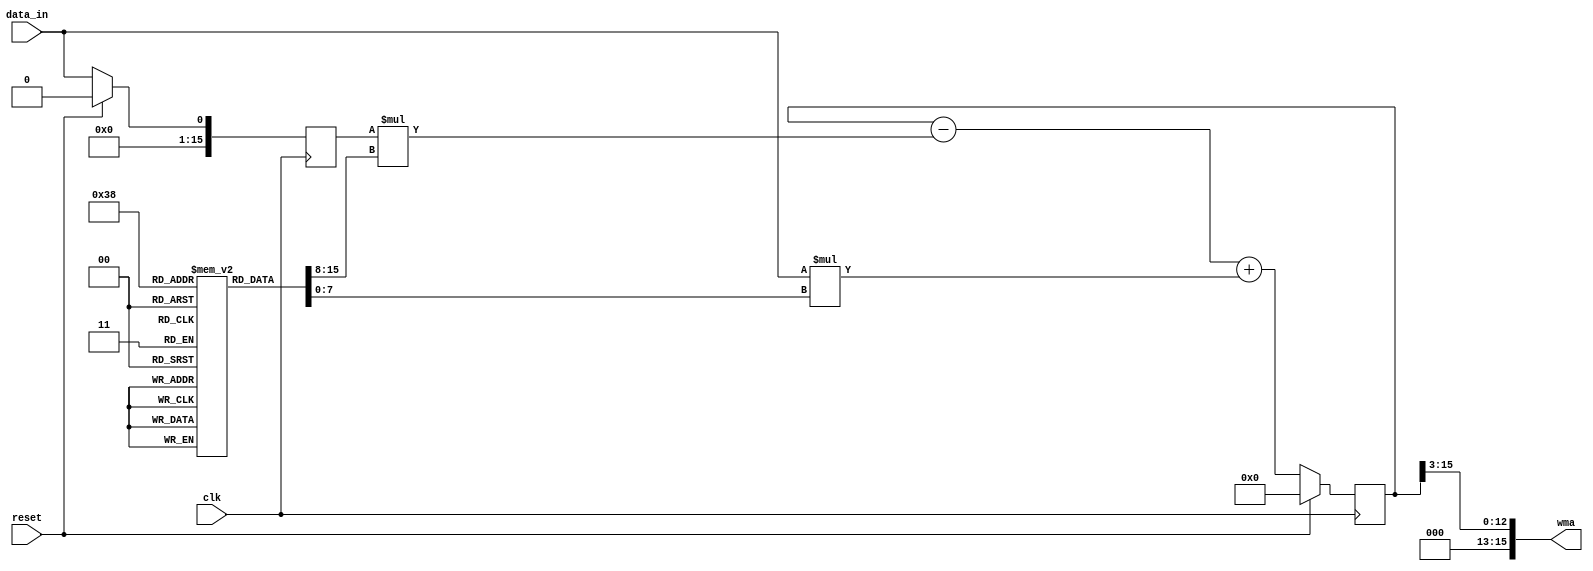
module weighted_moving_average_accumulator (
    input wire clk,          // Clock input
    input wire reset,        // Reset signal
    input wire data_in,      // Input data value
    output reg [15:0] wma    // Output weighted moving average value
);

reg [15:0] sum;             // Accumulator for weighted sum
reg [15:0] prev_data;       // Previous input data value
reg [7:0] weights [7:0];    // Array of predetermined weights

// Initialize weights (example values used here)
initial begin
    weights[0] = 3;
    weights[1] = 2;
    weights[2] = 1;
    weights[3] = 4;
    weights[4] = 3;
    weights[5] = 2;
    weights[6] = 1;
    weights[7] = 5;
end

// Update accumulator based on input data and weights
always @(posedge clk) begin
    if (reset) begin
        sum <= 16'h0;
        prev_data <= 16'h0;
    end else begin
        sum <= sum - prev_data * weights[7] + data_in * weights[0];
        prev_data <= data_in;
    end
end

// Calculate weighted moving average value
assign wma = sum >> 3;  // Divide by 8 (sum of weights)

endmodule